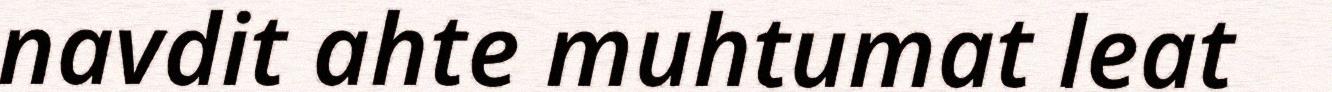
navdit ahte muhtumat leat